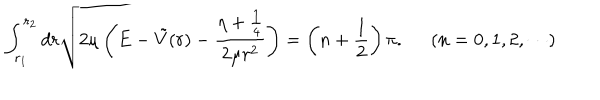
\int _ { r _ { 1 } } ^ { r _ { 2 } } d r \sqrt { 2 \mu \left( E - \tilde { V } ( r ) - \frac { \eta + \frac { 1 } { 4 } } { 2 \mu r ^ { 2 } } \right) } = \left( n + \frac { 1 } { 2 } \right) \pi . \; \; ( n = 0 , 1 , 2 , \cdots )